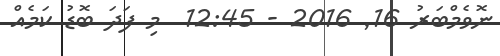
ނޮވެމްބަރު 16